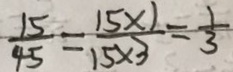
\frac { 1 5 } { 4 5 } = \frac { 1 5 \times 1 } { 1 5 \times 3 } = \frac { 1 } { 3 }